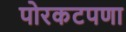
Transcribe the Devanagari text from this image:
पोरकटपणा